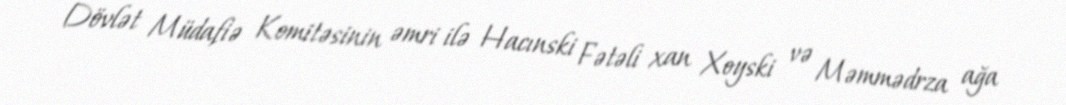
Dövlət Müdafiə Komitəsinin əmri ilə Hacınski Fətəli xan Xoyski və Məmmədrza ağa